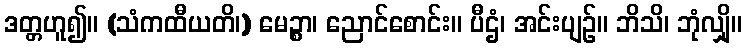
ဒတ္တဟူ၍။ (သံကထီယတိ၊) မေဉ္စာ၊ ညောင်စောင်း။ ပီဌံ၊ အင်းပျဉ်။ ဘိသိ၊ ဘုံလျှို။